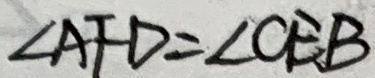
\angle A F D = \angle C E B